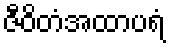
ဇီဝိတံအထာပရံ